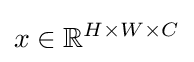
x\in \mathbb {R} ^{H\times W\times C}